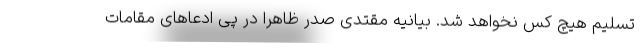
تسلیم هیچ کس نخواهد شد. بیانیه مقتدی صدر ظاهرا در پی ادعاهای مقامات